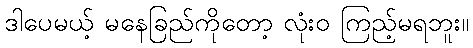
ဒါပေမယ့် မနေခြည်ကိုတော့ လုံးဝ ကြည့်မရဘူး။